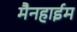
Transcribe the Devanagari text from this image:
मैनहाईम